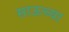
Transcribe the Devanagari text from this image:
साऊच्या